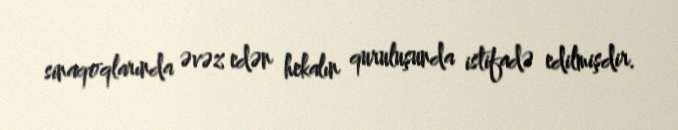
sinaqoqlarında əvəz edən hekalın quruluşunda istifadə edilmişdir.